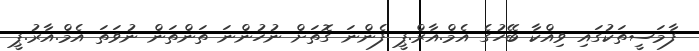
ފާމަސީތަކުގައި ވިއްކާ ބޭހުގެ އެމް.އާރް.ޕީ ފެންނަ ގޮތަށް ނުހުންނަ ތަންތަން ނުވަތަ އެމް.އާރު.ޕީ